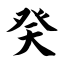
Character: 癸